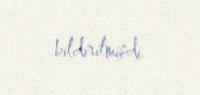
bildirilmişdi.